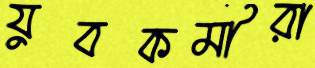
যুবকর্মীরা